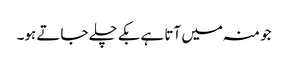
جو منہ میں آتا ہے بکے چلے جاتے ہو۔